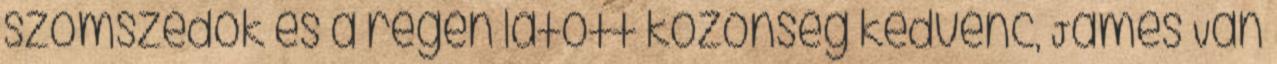
szomszédok és a régen látott közönség kedvenc, James Van